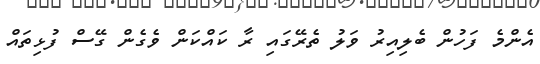
އެންމެ ފަހުން ބެލިއިރު ވަލު ތެރޭގައި ރާ ކައްކަން ވެގެން ގޭސް ފުޅިތައް